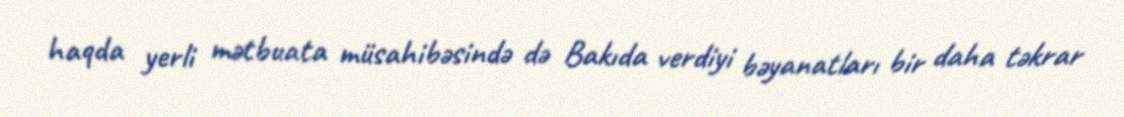
haqda yerli mətbuata müsahibəsində də Bakıda verdiyi bəyanatları bir daha təkrar